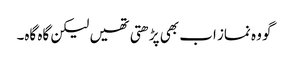
گو وہ نماز اب بھی پڑھتی تھیں لیکن گاہ گاہ۔